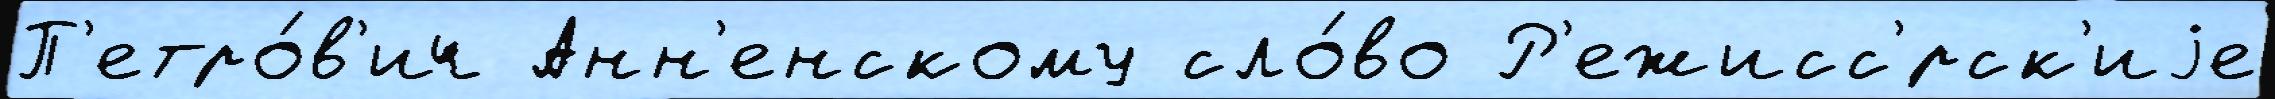
П'етро́в'ич Анн'енскому сло́во Р'ежисс'́рск'иjе